Riigikantselei, lk 463
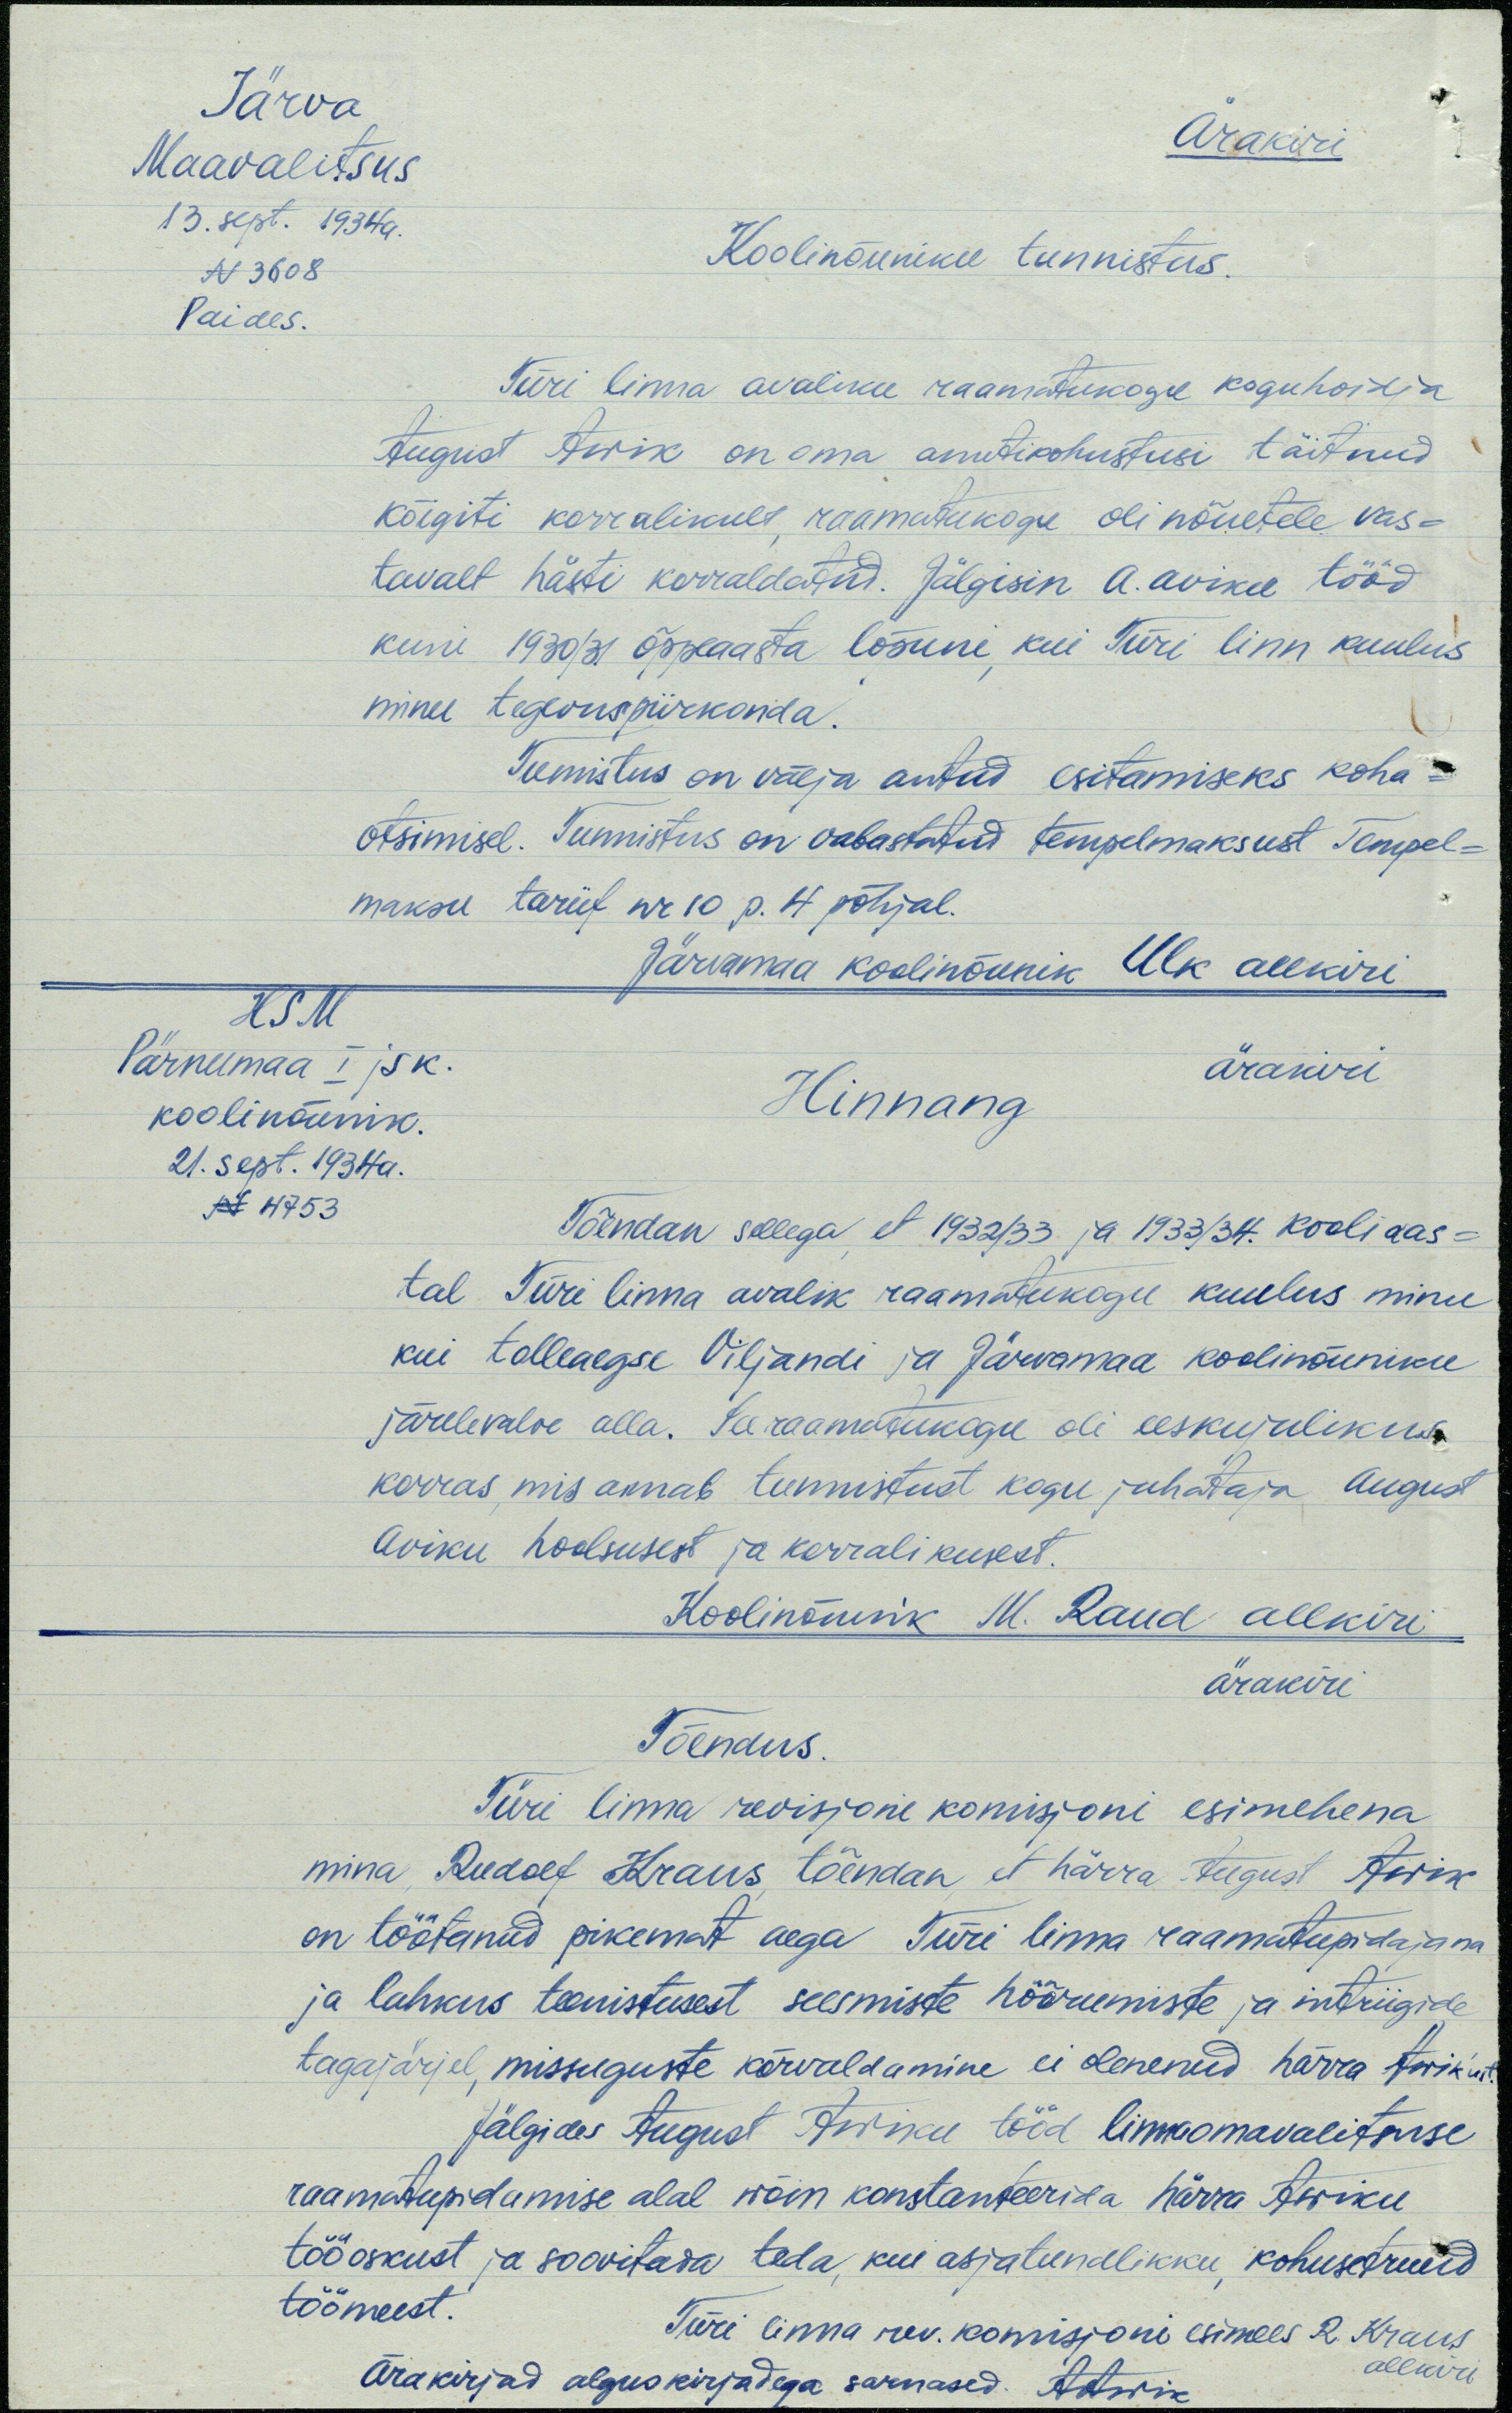
Järva
Maavalitsus
13. sept. 1934a.
N 3608
Paides.
Ärakiri
Koolinõuniku tunnistus.
Türi linna avaliku raamatukogu koguhoidja
August Awik on oma ametikohustusi täitnud
kõigiti korralikult, raamatukogu oli nõuetele vas-
tavalt hästi korraldatud. Jälgisin A. Aviku tööd
kuni 1930/31 õppeaasta lõpuni, kui Türi linn kuulus
minu tegevuspiirkonda.
Tunnistus on välja antud esitamiseks koha
otsimisel. Tunnistus on vabastatud tempelmaksust Tempel-
maksu tariif nr 10 p. 4 põhjal.
Järvamaa koolinõunik Ulk allkiri
HSM
Pärnumaa I jsk
koolinõunik.
21. sept. 1934a.
N 4753
ärakiri
Hinnang
Tõendan sellega, et 1932/33 ja 1933/34. kooliaas-
tal Türi linna avalik raamatukogu kuulus minu
kui tolleaegse Viljandi ja Järvamaa koolinõuniku
järelevalve alla. See raamatukogu oli eeskujulikus
korras, mis annab tunnistust kogu juhataja August
Aviku hoolsusest ja korralikusest.
Koolinõunik M. Raud allkiri
ärakiri
Tõendus.
Türi linna revisjoni komisjoni esimehena
mina Rudolf Kraus tõendan, et härra August Awik
on töötanud pikemat aega Türi linna raamatupidajana
ja lahkus teenistusest seesmiste hõõrumiste ja intriigide
tagajärjel, missuguste kõrvaldamine ei olenenud härra Awik'ust
Jälgides August Aviiku tööd linnaomavalitsuse
raamatupidamise alal wõin konstanteerida härra Awiku
tööoskust ja soovitada teda, kui asjatundlikku, kohusetruud
töömeest.
Türi linna rev. komisjoni esimees R. Kraus
Ärakirjad alguskirjadega sarnased. A. Awik
allkiri